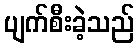
ပျက်စီးခဲ့သည်